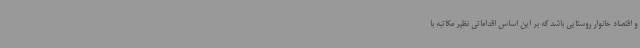
و اقتصاد خانوار روستایی باشد که بر این اساس اقداماتی نظیر مکاتبه با